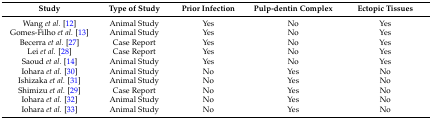
<table><thead><tr><td><b>Study</b></td><td><b>Type of Study</b></td><td><b>Prior Infection</b></td><td><b>Pulp-dentin Complex</b></td><td><b>Ectopic Tissues</b></td></tr></thead><tbody><tr><td>Wang <i>et al.</i> [12]</td><td>Animal Study</td><td>Yes</td><td>No</td><td>Yes</td></tr><tr><td>Gomes-Filho <i>et al.</i> [13]</td><td>Animal Study</td><td>Yes</td><td>No</td><td>Yes</td></tr><tr><td>Becerra <i>et al.</i> [27]</td><td>Case Report</td><td>Yes</td><td>No</td><td>Yes</td></tr><tr><td>Lei <i>et al.</i> [28]</td><td>Case Report</td><td>Yes</td><td>No</td><td>Yes</td></tr><tr><td>Saoud <i>et al.</i> [14]</td><td>Animal Study</td><td>Yes</td><td>No</td><td>Yes</td></tr><tr><td>Iohara <i>et al.</i> [30]</td><td>Animal Study</td><td>No</td><td>Yes</td><td>No</td></tr><tr><td>Ishizaka <i>et al.</i> [31]</td><td>Animal Study</td><td>No</td><td>Yes</td><td>No</td></tr><tr><td>Shimizu <i>et al.</i> [29]</td><td>Case Report</td><td>No</td><td>Yes</td><td>No</td></tr><tr><td>Iohara <i>et al.</i> [32]</td><td>Animal Study</td><td>No</td><td>Yes</td><td>No</td></tr><tr><td>Iohara <i>et al.</i> [33]</td><td>Animal Study</td><td>No</td><td>Yes</td><td>No</td></tr></tbody></table>